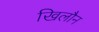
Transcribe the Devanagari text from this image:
खिलौन